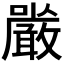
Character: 𭌔